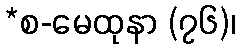
*စ-မေထုနာ (၇၆)၊